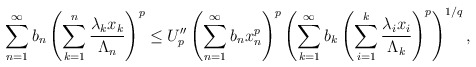
\begin{align*} \sum^{\infty}_{n=1}b_n \left (\sum^{n}_{k=1}\frac {\lambda_kx_k}{\Lambda_n} \right )^p & \leq U''_p\left (\sum^{\infty}_{n=1}b_nx^p_n \right )^p\left (\sum^{\infty}_{k=1}b_k \left (\sum^{k}_{i=1}\frac {\lambda_ix_i}{\Lambda_k} \right )^p\right )^{1/q},\end{align*}